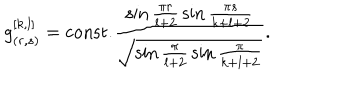
g _ { ( r , s ) } ^ { [ k , l ] } = \mathrm { c o n s t . } { \frac { \sin { \frac { \pi r } { l + 2 } } \sin { \frac { \pi s } { k + l + 2 } } } { \sqrt { \sin { \frac { \pi } { l + 2 } } \sin { \frac { \pi } { k + l + 2 } } } } } .